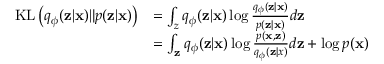
\begin{array} { r l } { \mathrm { K L } \left( q _ { \phi } ( \mathbf { z } | \mathbf { x } ) \| p ( \mathbf { z } | \mathbf { x } ) \right) } & { = \int _ { z } q _ { \phi } ( \mathbf { z } | \mathbf { x } ) \log \frac { q _ { \phi } ( \mathbf { z } | \mathbf { x } ) } { p ( \mathbf { z } | \mathbf { x } ) } d \mathbf { z } } \\ & { = \int _ { \mathbf { z } } q _ { \phi } ( \mathbf { z } | \mathbf { x } ) \log \frac { p ( \mathbf { x } , \mathbf { z } ) } { q _ { \phi } ( \mathbf { z } | x ) } d \mathbf { z } + \log p ( \mathbf { x } ) } \end{array}